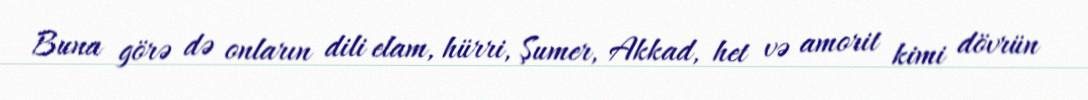
Buna görə də onların dili elam, hürri, Şumer, Akkad, het və amorit kimi dövrün